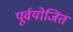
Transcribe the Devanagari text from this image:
पूर्वयोजित